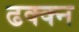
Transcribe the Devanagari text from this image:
ढक्क्न